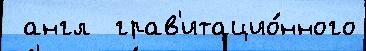
 англ  грав'итацио́нного